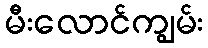
မီးလောင်ကျွမ်း